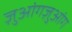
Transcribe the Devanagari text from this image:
ज़ुआंगज़ुआंग